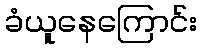
ခံယူနေကြောင်း